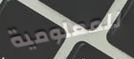
للمعلومية